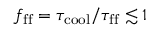
f _ { \mathrm { f f } } = \tau _ { \mathrm { c o o l } } / \tau _ { \mathrm { f f } } \lesssim 1